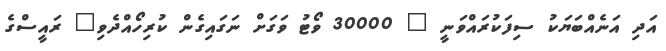
އަދި އަނެއްބަޔަކު ސިފަކުރައްވަނީ " 30000 ވޯޓު ވަގަށް ނަގައިގެން ކުރިހޯއްދެވި" ރައީސްގެ